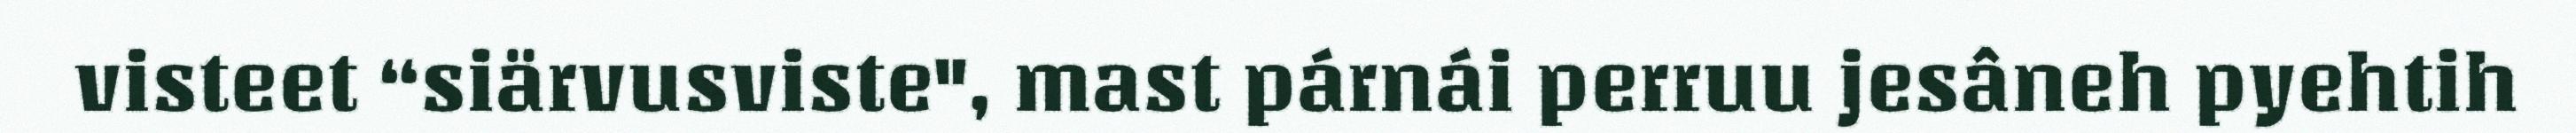
visteet “siärvusviste", mast párnái perruu jesâneh pyehtih